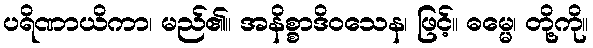
ပရိဏာယိကာ၊ မည်၏။ အနိစ္စာဒိဝသေန၊ ဖြင့်။ ဓမ္မေ၊ တို့ကို။